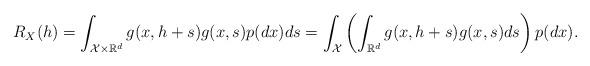
LaTeX: \begin{align*}R_X(h) &= \int_{\mathcal{X}\times \mathbb{R}^d}g(x,h+s)g(x, s) p(dx) ds = \int_{\mathcal{X}}\left(\int_{\mathbb{R}^d}g(x,h+s)g(x, s)ds\right) p(dx).\end{align*}